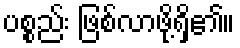
ပစ္စည်း ဖြစ်လာဖို့ရှိ၏။